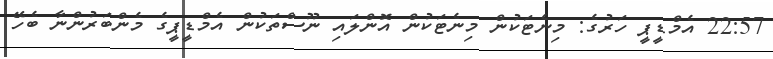
22:57 އެމްޑީޕީ ހަރުގެ: މިނެޓަކުން މިނެޓަކުން އޮންލައި ނޫސްތަކުން އެމްޑީޕީގެ މެންބަރުންނާ ބެހޭ